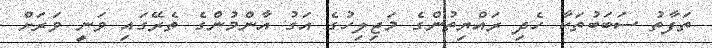
ތަފާތު ސަބަބުތަކާ ހެދި ރައްޔިތުންގެ މަޖިލިހުގެ އަގު އާންމުންގެ ތެރޭގައި ވަނީ ވަރަށް